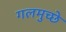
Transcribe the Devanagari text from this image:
गलमुच्छे